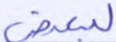
لبعض